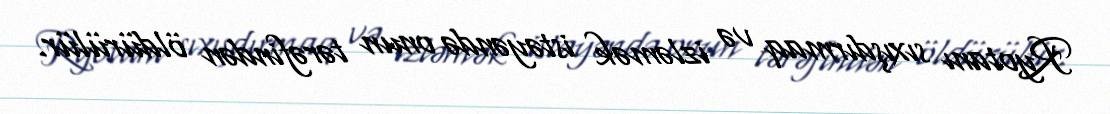
Ryotanı sıxışdırmaq və izləmək istəyəndə onun tərəfindən öldürülür.